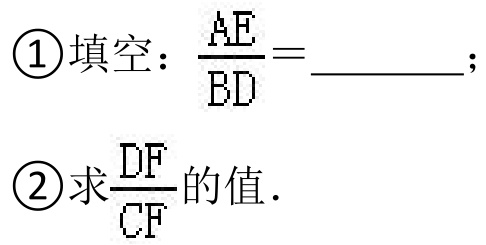
\textcircled{1}填空：$\frac{AE}{BD}=$________；
\textcircled{2}求$\frac{DF}{CF}$的值．